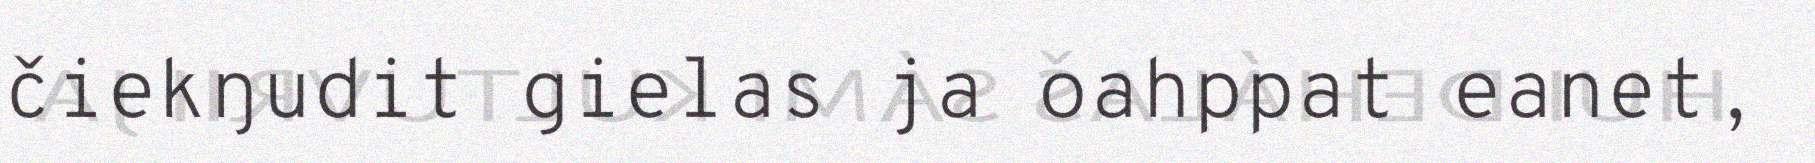
čiekŋudit gielas ja oahppat eanet,